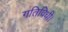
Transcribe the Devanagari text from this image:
गतिविधी।